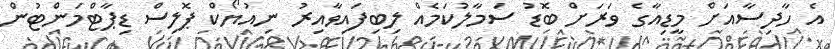
އެ ހާދިސާއަށް މީޑިއާގެ ވަރަށް ބޮޑު ސަމާލުކަމެއް ލިބިފައިވާއިރު ނިއުޔޯކް ޕޮލިސް ޑިޕާޓްމަންޓުން